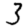
Digit: 3